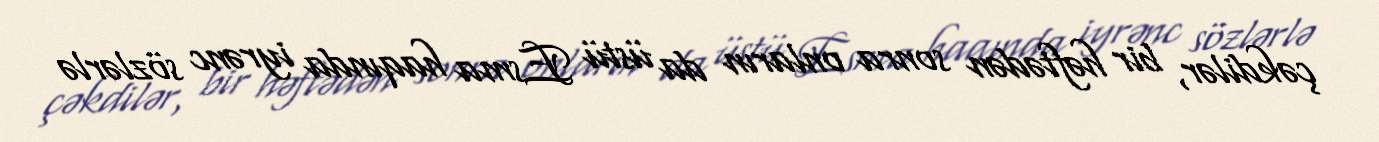
çəkdilər, bir həftədən sonra onların da üstü Esma haqında iyrənc sözlərlə